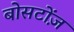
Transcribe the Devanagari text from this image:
बोसटोंज़